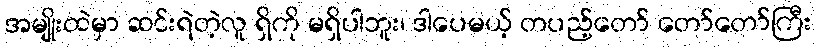
အမျိုးထဲမှာ ဆင်းရဲတဲ့လူ ရှိကို မရှိပါဘူး၊ ဒါပေမယ့် တပည့်တော် တော်တော်ကြီး